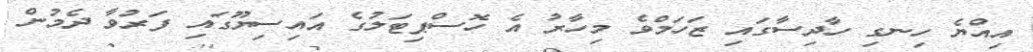
އިއްޔެ ހިނގި ހާދިސާގައި ޒަހަމްވެ މިހާރު އެ ހޮސްޕިޓަލުގެ އައިސިޔޫގައި ފަރުވާ ދެމުން